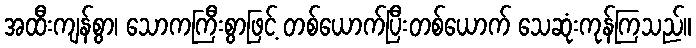
အထီးကျန်စွာ၊ သောကကြီးစွာဖြင့် တစ်ယောက်ပြီးတစ်ယောက် သေဆုံးကုန်ကြသည်။